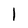
Character: l